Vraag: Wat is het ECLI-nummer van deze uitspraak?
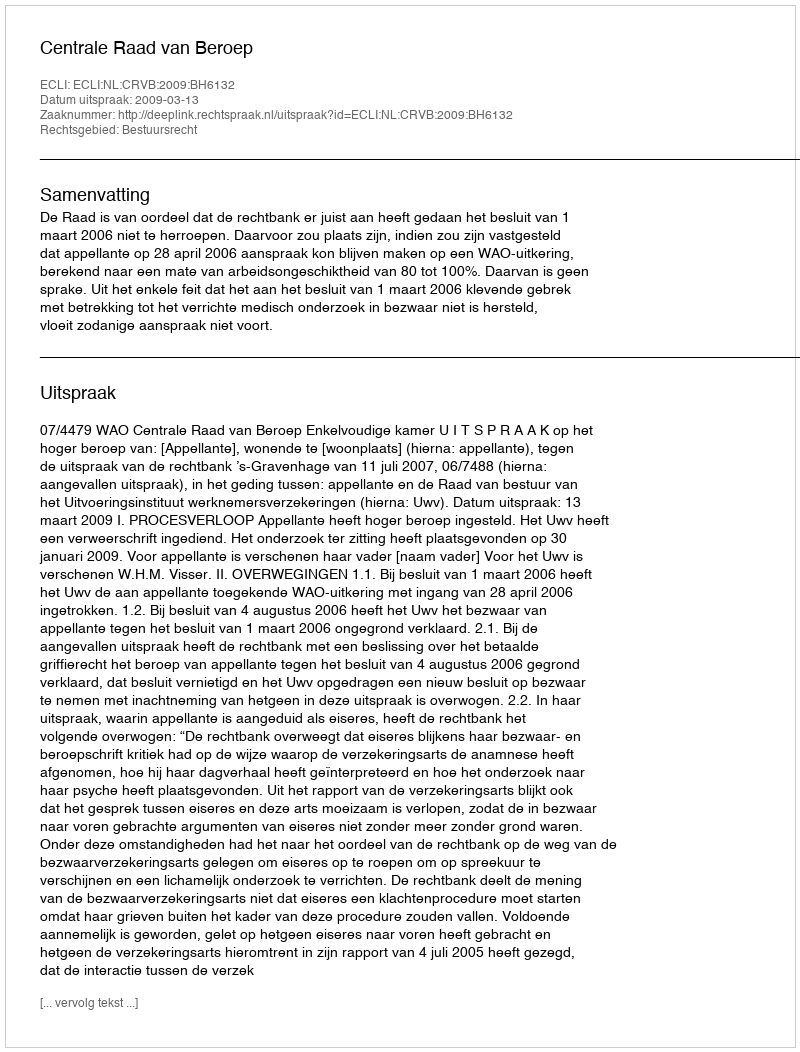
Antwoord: ECLI:NL:CRVB:2009:BH6132